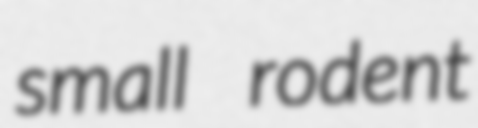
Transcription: small rodent